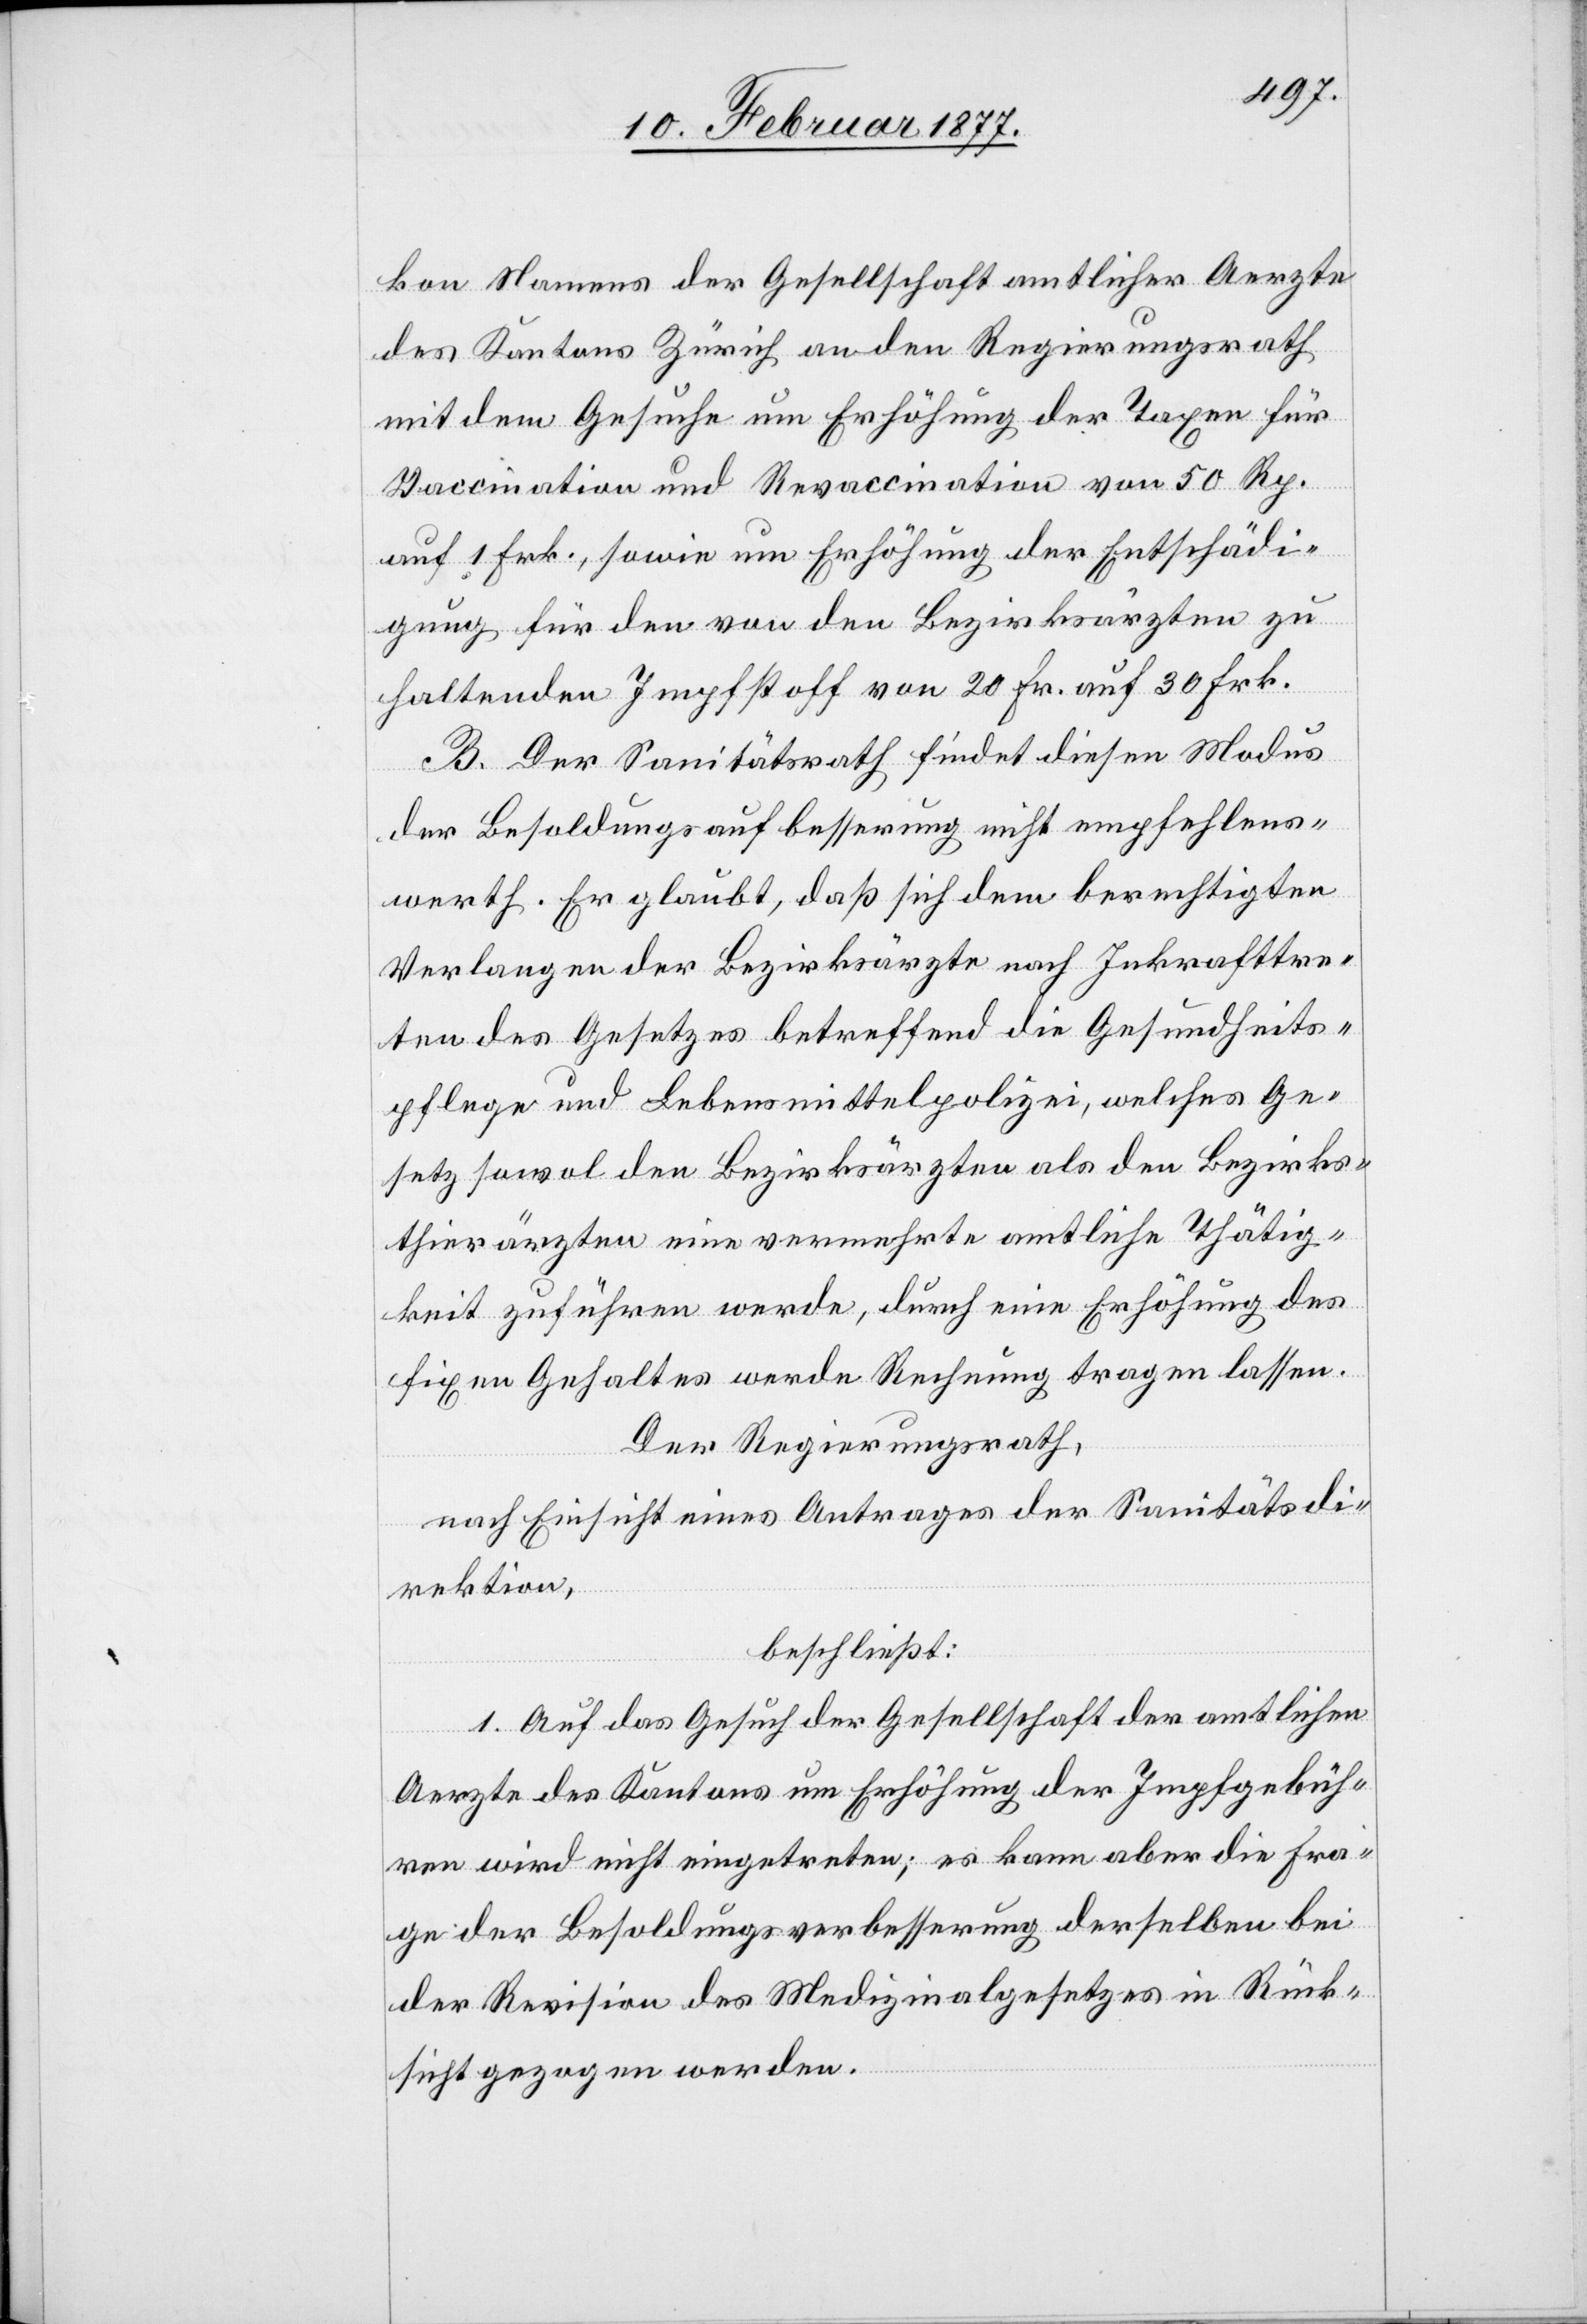
kon Namens der Gesellschaft amtlicher Aerzte
des Kantons Zürich an den Regierungsrath
mit dem Gesuche um Erhöhung der Taxen für
Vaccination und Revaccination von 50 Rp.
auf 1 Frk., sowie um Erhöhung der Entschädi¬
gung für den von den Bezirksärzten zu
haltenden Impfstoff von 20 Fr. auf 30 Frk.
B. Der Sanitätsrath findet diesen Modus
der Besoldungsaufbesserung nicht empfehlens¬
werth. Er glaubt, daß sich dem berechtigten
Verlangen der Bezirksärzte nach Inkrafttre¬
ten des Gesetzes betreffend die Gesundheits¬
pflege und Lebensmittelpolizei, welches Ge¬
setz sowol den Bezirksärzten als den Bezirks¬
thierärzten eine vermehrte amtliche Thätig¬
keit zuführen werde, durch eine Erhöhung des
fixen Gehaltes werde Rechnung tragen lassen.
Der Regierungsrath,
nach Einsicht eines Antrages der Sanitätsdi¬
rektion,
beschließt:
1. Auf das Gesuch der Gesellschaft der amtlichen
Aerzte des Kantons um Erhöhung der Impfgebüh¬
ren wird nicht eingetreten; es kann aber die Fra¬
ge der Besoldungsverbesserung derselben bei
der Revision des Medizinalgesetzes in Rück¬
sicht gezogen werden.